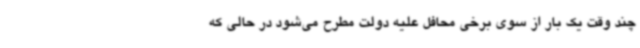
چند وقت یک بار از سوی برخی محافل علیه دولت مطرح می‌شود در حالی که